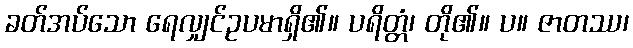
ခတ်အပ်သော ရေလျှင်ဥပမာရှိ၏။ ပရိတ္တံ၊ တို၏။ ပ။ ဇာတဿ၊